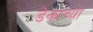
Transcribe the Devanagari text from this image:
डेकांच्या